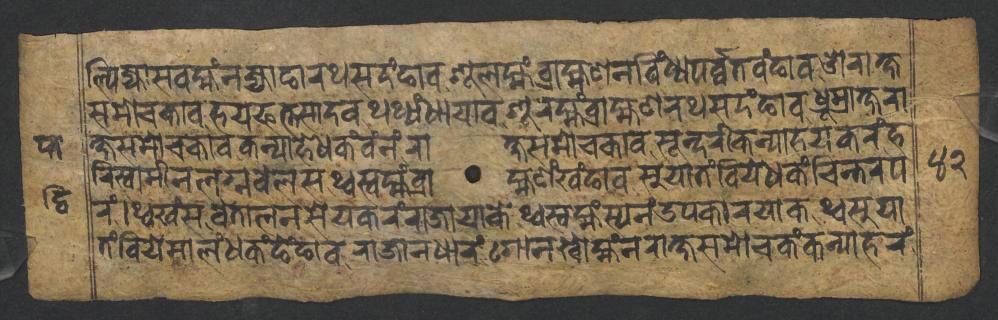
𑐮𑑂𑐥𑐶𑐖𑑂𑐫𑐵𑐳𑐰𑐩𑑂𑐴𑑄𑐣𑐖𑑂𑐫𑐵𑐒𑐵𑐬𑐠𑐳𑐡𑑄𑐒𑐵𑐰𑐱𑐹𑐮𑐩𑑂𑐴𑑄𑐧𑑂𑐬𑐵𑐴𑑂𑐩𑐞𑐣𑐰𑐶𑑄𑐢𑑂𑐫𑐥𑐬𑑂𑐰𑑂𑐰𑐟𑐰𑑄𑐒𑐵𑐰𑐌𑐬𑐵𑐎𑑂𑐲 𑐳𑐩𑑀𑐔𑐎𑐵𑐰𑐴𑐫𑐦𑐟𑑂𑐟𑐳𑐵𑐡𑐰𑐠𑐠𑑂𑐫𑑄𑐢𑐵𑐫𑐵𑐰𑐱𑐹𑐬𑐩𑑂𑐴𑑄𑐧𑑂𑐬𑐵𑐴𑑂𑐩𑐞𑐬𑐠𑐳𑐡𑑄𑐒𑐵𑐰𑐢𑑂𑐬𑐹𑐩𑑂𑐬𑐵𑐎𑑂𑐲𑐬𑐵 𑐎𑑂𑐲𑐳𑐩𑑀𑐔𑐎𑐵𑐰𑐎𑐣𑑂𑐫𑐵𑐴𑐾𑐢𑐎𑑄𑐰𑑄𑐣𑑄𑐬𑐵𑐎𑑂𑐲𑐳𑐩𑑀𑐔𑐎𑐵𑐰𑐳𑐹𑐣𑑂𑐡𑐬𑐷𑐎𑐣𑑂𑐫𑐵𑐴𑐫𑐎𑐬𑑄𑐴 𑐬𑐶𑐳𑑂𑐰𑐵𑐩𑐷𑐣𑐮𑐐𑑂𑐣𑐧𑐾𑐮𑐳𑐠𑑂𑐰𑐳𑑂𑐰𑐩𑑂𑐴𑑄𑐧𑑂𑐬𑐵𑐴𑑂𑐩𑐞𑑄𑐏𑑄𑐒𑐵𑐰𑐳𑐸𑐫𑐵𑐟𑑄𑐧𑐶𑐫𑐾𑐢𑐎𑑄𑐔𑐶𑐣𑑂𑐟𑐬𑐥 𑐬𑑄𑑋𑐠𑑂𑐰𑐏𑑄𑐳𑐰𑐾𑐟𑐵𑐮𑐣𑐳𑐾𑐫𑐎𑐬𑑄𑐬𑐵𑐖𑐵𑐫𑐵𑐎𑐾𑐠𑑂𑐰𑐳𑑂𑐰𑐩𑑂𑐴𑑄𑐳𑑂𑐫𑐣𑑄𑐄𑐥𑐎𑐵𑐬𑐫𑐵𑐎𑐠𑑂𑐰𑐳𑐸𑐫𑐵 𑐟𑑄𑐧𑐶𑐫𑐾𑐩𑐵𑐮𑑄𑐢𑐎𑑄𑐒𑐾𑑄𑐒𑐵𑐰𑐬𑐵𑐖𑐵𑐣𑐢𑐵𑐬𑑄𑐐𑑀𑐣𑐏𑑀𑐩𑑂𑐴𑑄𑐣𑐬𑐵𑐎𑑂𑐲𑐳𑐩𑑀𑐔𑐎𑑄𑐎𑐣𑑂𑐫𑐵𑐴𑐬𑑄